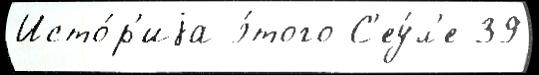
Исто́р'иjа э́того С'еу́л'е 39